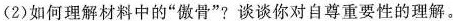
(2)如何理解材料中的”傲骨”?谈谈你对自尊重要性的理解。